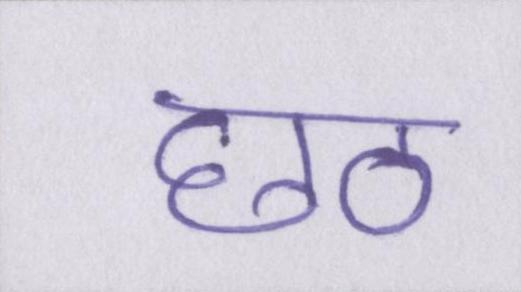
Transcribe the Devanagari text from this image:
छठ